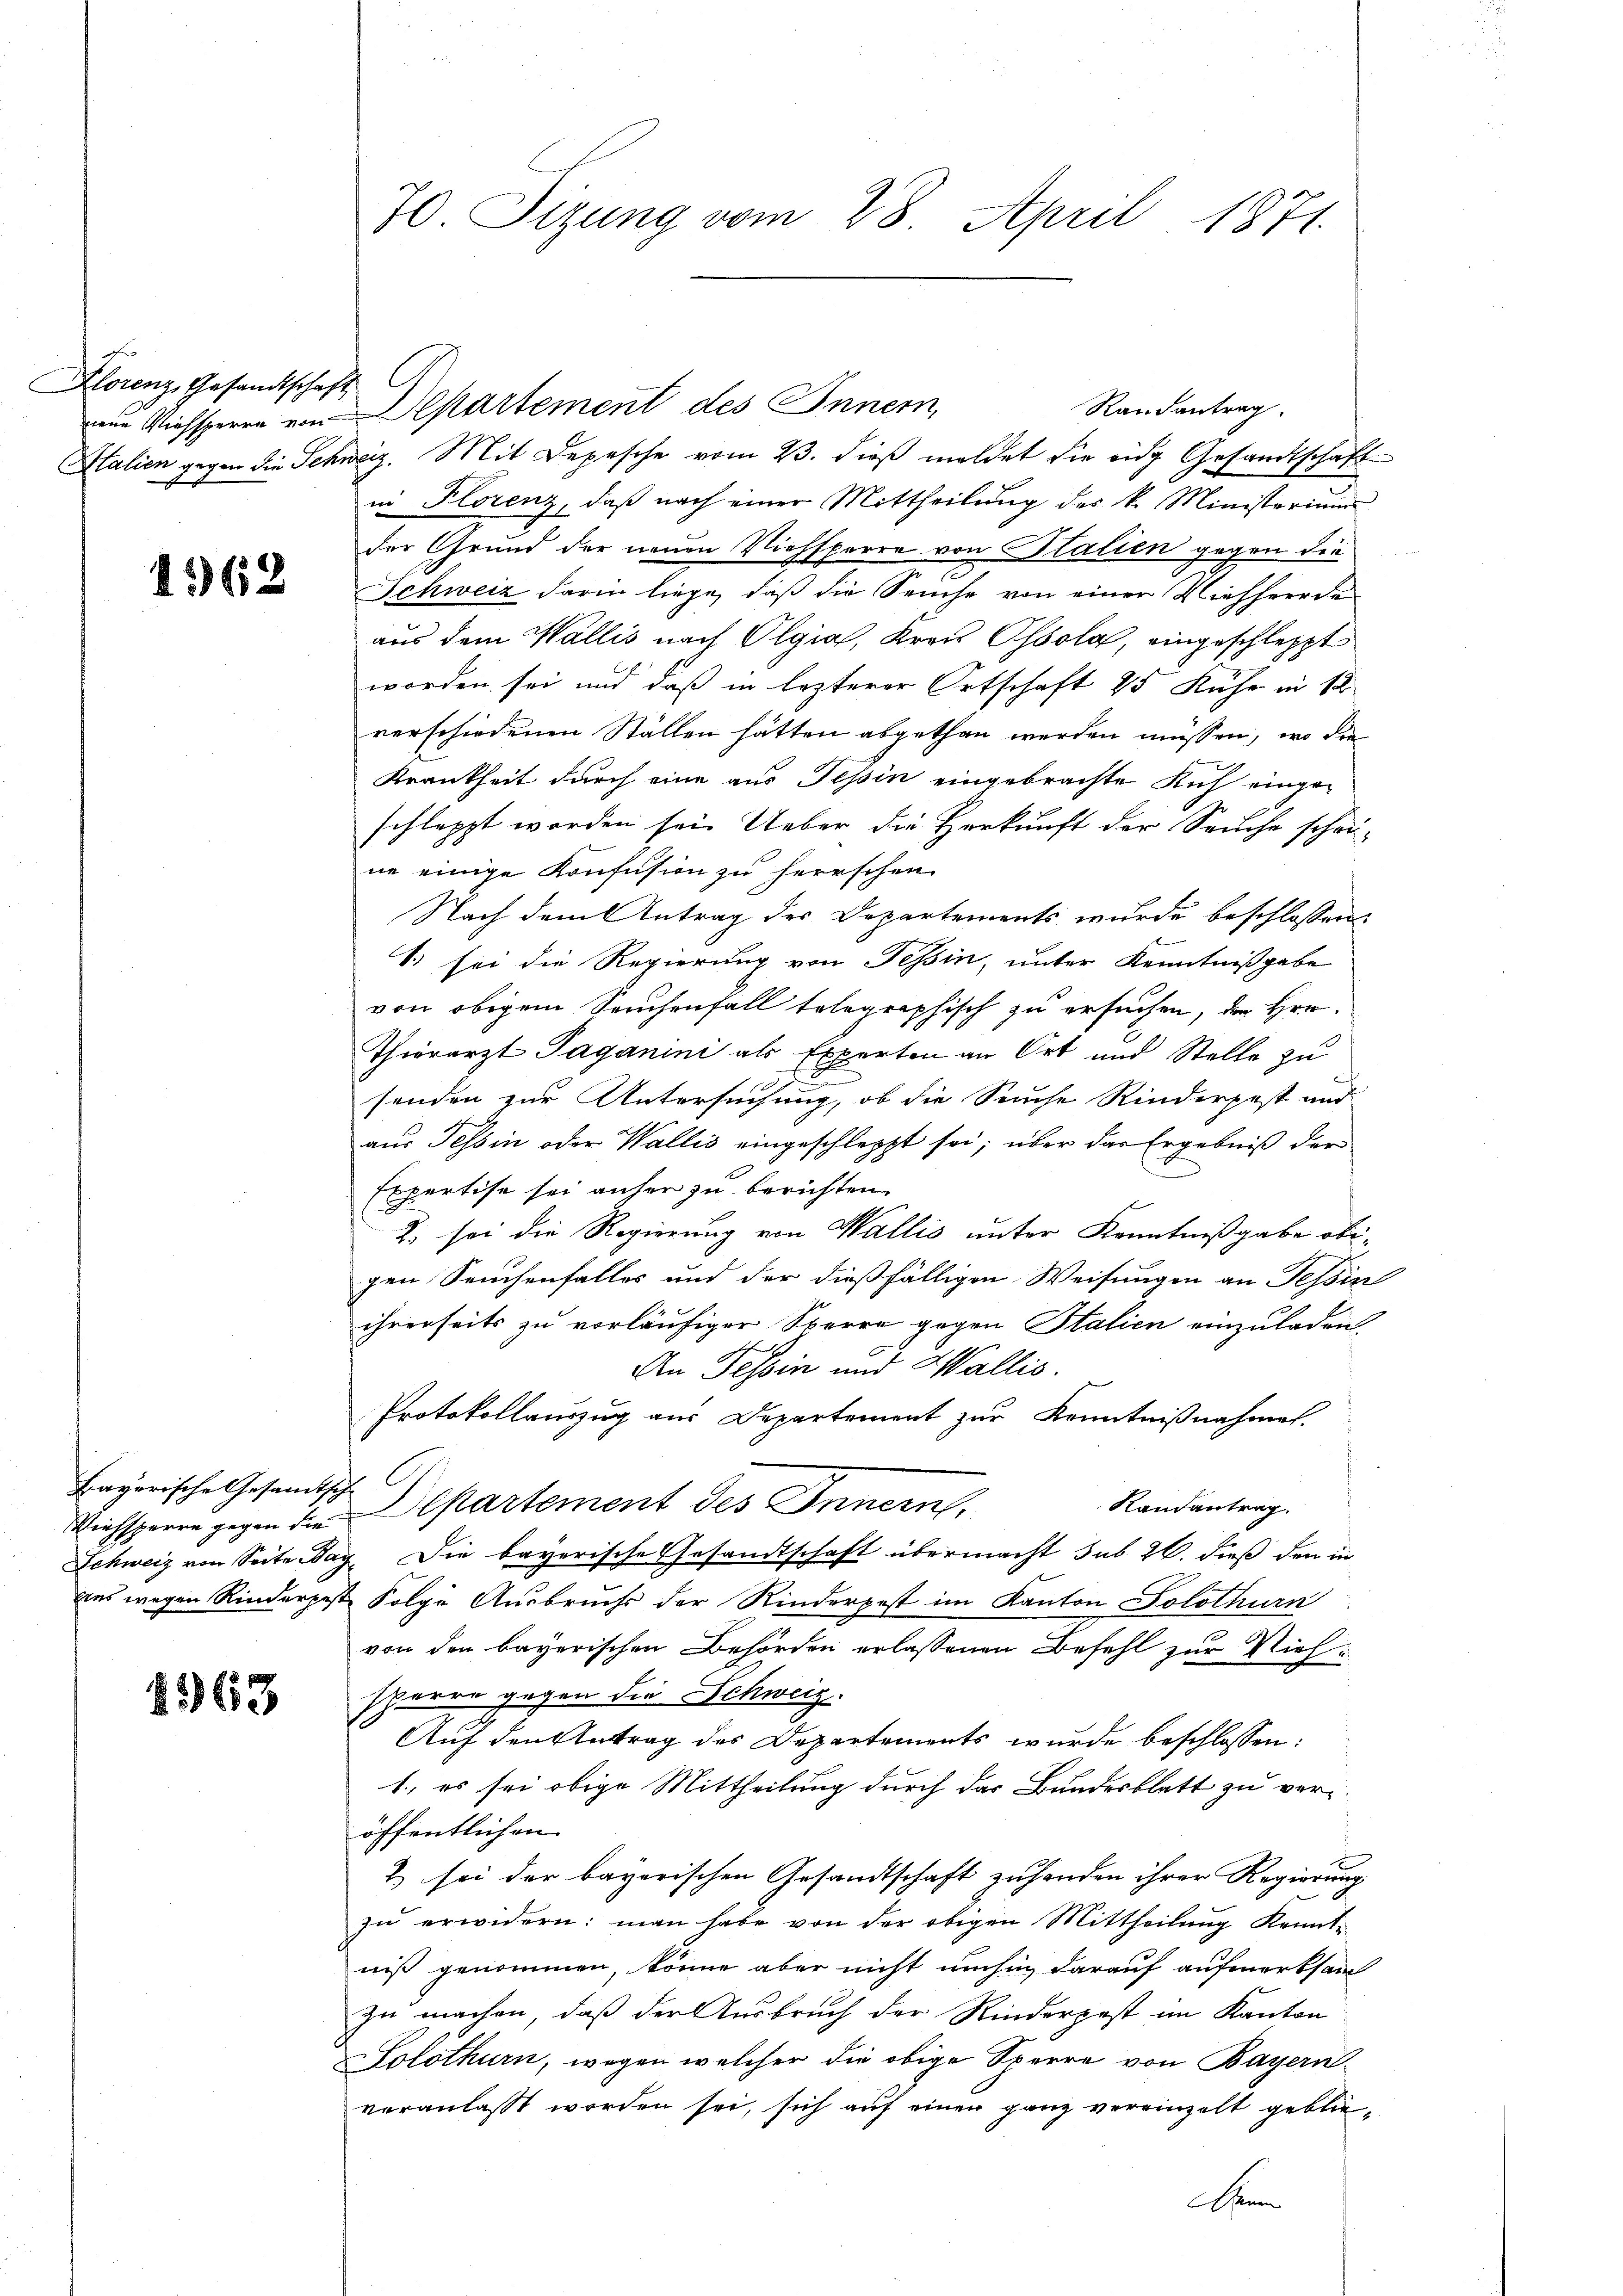
Florenz, Gesandtschaft

1362

Bayerische Gesamtsche

1363

70. Sitzung vom 28. April 1871.

Randantrag.
mine Viehsperrn von Departement des Innern,
Italien gegen die Schweiz. Mit Depesche vom 23. dieß meldet die eidg Gesandtschaft
in Florenz, daβ nach einer Mittheilŭng des k. Ministerium
der Grund der neuen Viehsperre von Italien gegen die
Schweiz darin liege, daß die Seuche von einer Viehherde
aus dem Wallis nach Olgia, Kreis Ossola, eingeschleppt
worden sei und daß in lezterer Ortschaft 25 Kuhr in 12
verschiedenen Ställen hätten abgethan werden müssen, wo die
Krankheit durch eine aus Tessin eingebrachte Rich eingeschleppt werden sei. Ueber die Herkunft der Seuche schrine einige Konfusion zu herrschen.
Nach dem Antrag der Departements wurde beschlossen:
1. sei die Regierung von Tessin, unter Kenntnißgabe
von obigem Seuchenfall telegraphisch zu ersuchen, der Hrn.
Thierarzt Taganini als Experten an Ort und Stelle zu
senden zur Untersuchung, ob die Sache Rinderpost und
aus Tessin oder Wallis eingeschleppt sei; über das Ergebniß der
Expertise sei anher zu berichten.
2. sei die Regierung von Wallis unter Kenntnißgabe obigen Seuchenfalles und der dießfälligen Weisungen an Tessin
ihrerseits zu vorläufiger Sperre gegen Stalien einzuladen
An Tessin und Wallis.
Protokollauszug aus Departement zur Kenntnißnahmen.
Randantrag.
Viehsperre gegen die Alkartement des Innern,
Schweiz von Seite Bay. Die bayerische Gesandtschaft übermacht sub 26. dieß den in
uns wegen Rinderpost Folge Ausbruchs der Rinderpest im Kanton Solothurn
von den bayerischen Behörden erlassenen Befehl zur Viehsperre gegen die Schweiz.
Auf den Antrag des Departements wurde beschlossen:
1., es sei obige Mittheilung durch das Bundesblatt zu veröffentlichen
2) sei der bayerischen Gesandtschaft zu handen ihrer Regierung
zu erwidern: man habe von der obigen Mittheilung Kenntniß genommen, könne aber nicht umhin darauf aufmerksam
zu machen, daß der Ausbruch der Rinderpost im Kanton
Solothurn, wegen welcher die obige Sperre von Bayern
veranlasst worden sei, sich auf einen ganz vereinzelt geblie¬